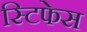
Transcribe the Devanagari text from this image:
स्टिफेस